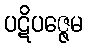
ပဋိပဇ္ဇေမ